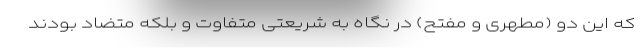
که این دو (مطهری و مفتح) در نگاه به شریعتی متفاوت و بلکه متضاد بودند